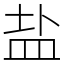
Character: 盐